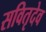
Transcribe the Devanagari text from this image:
सवितृदेव